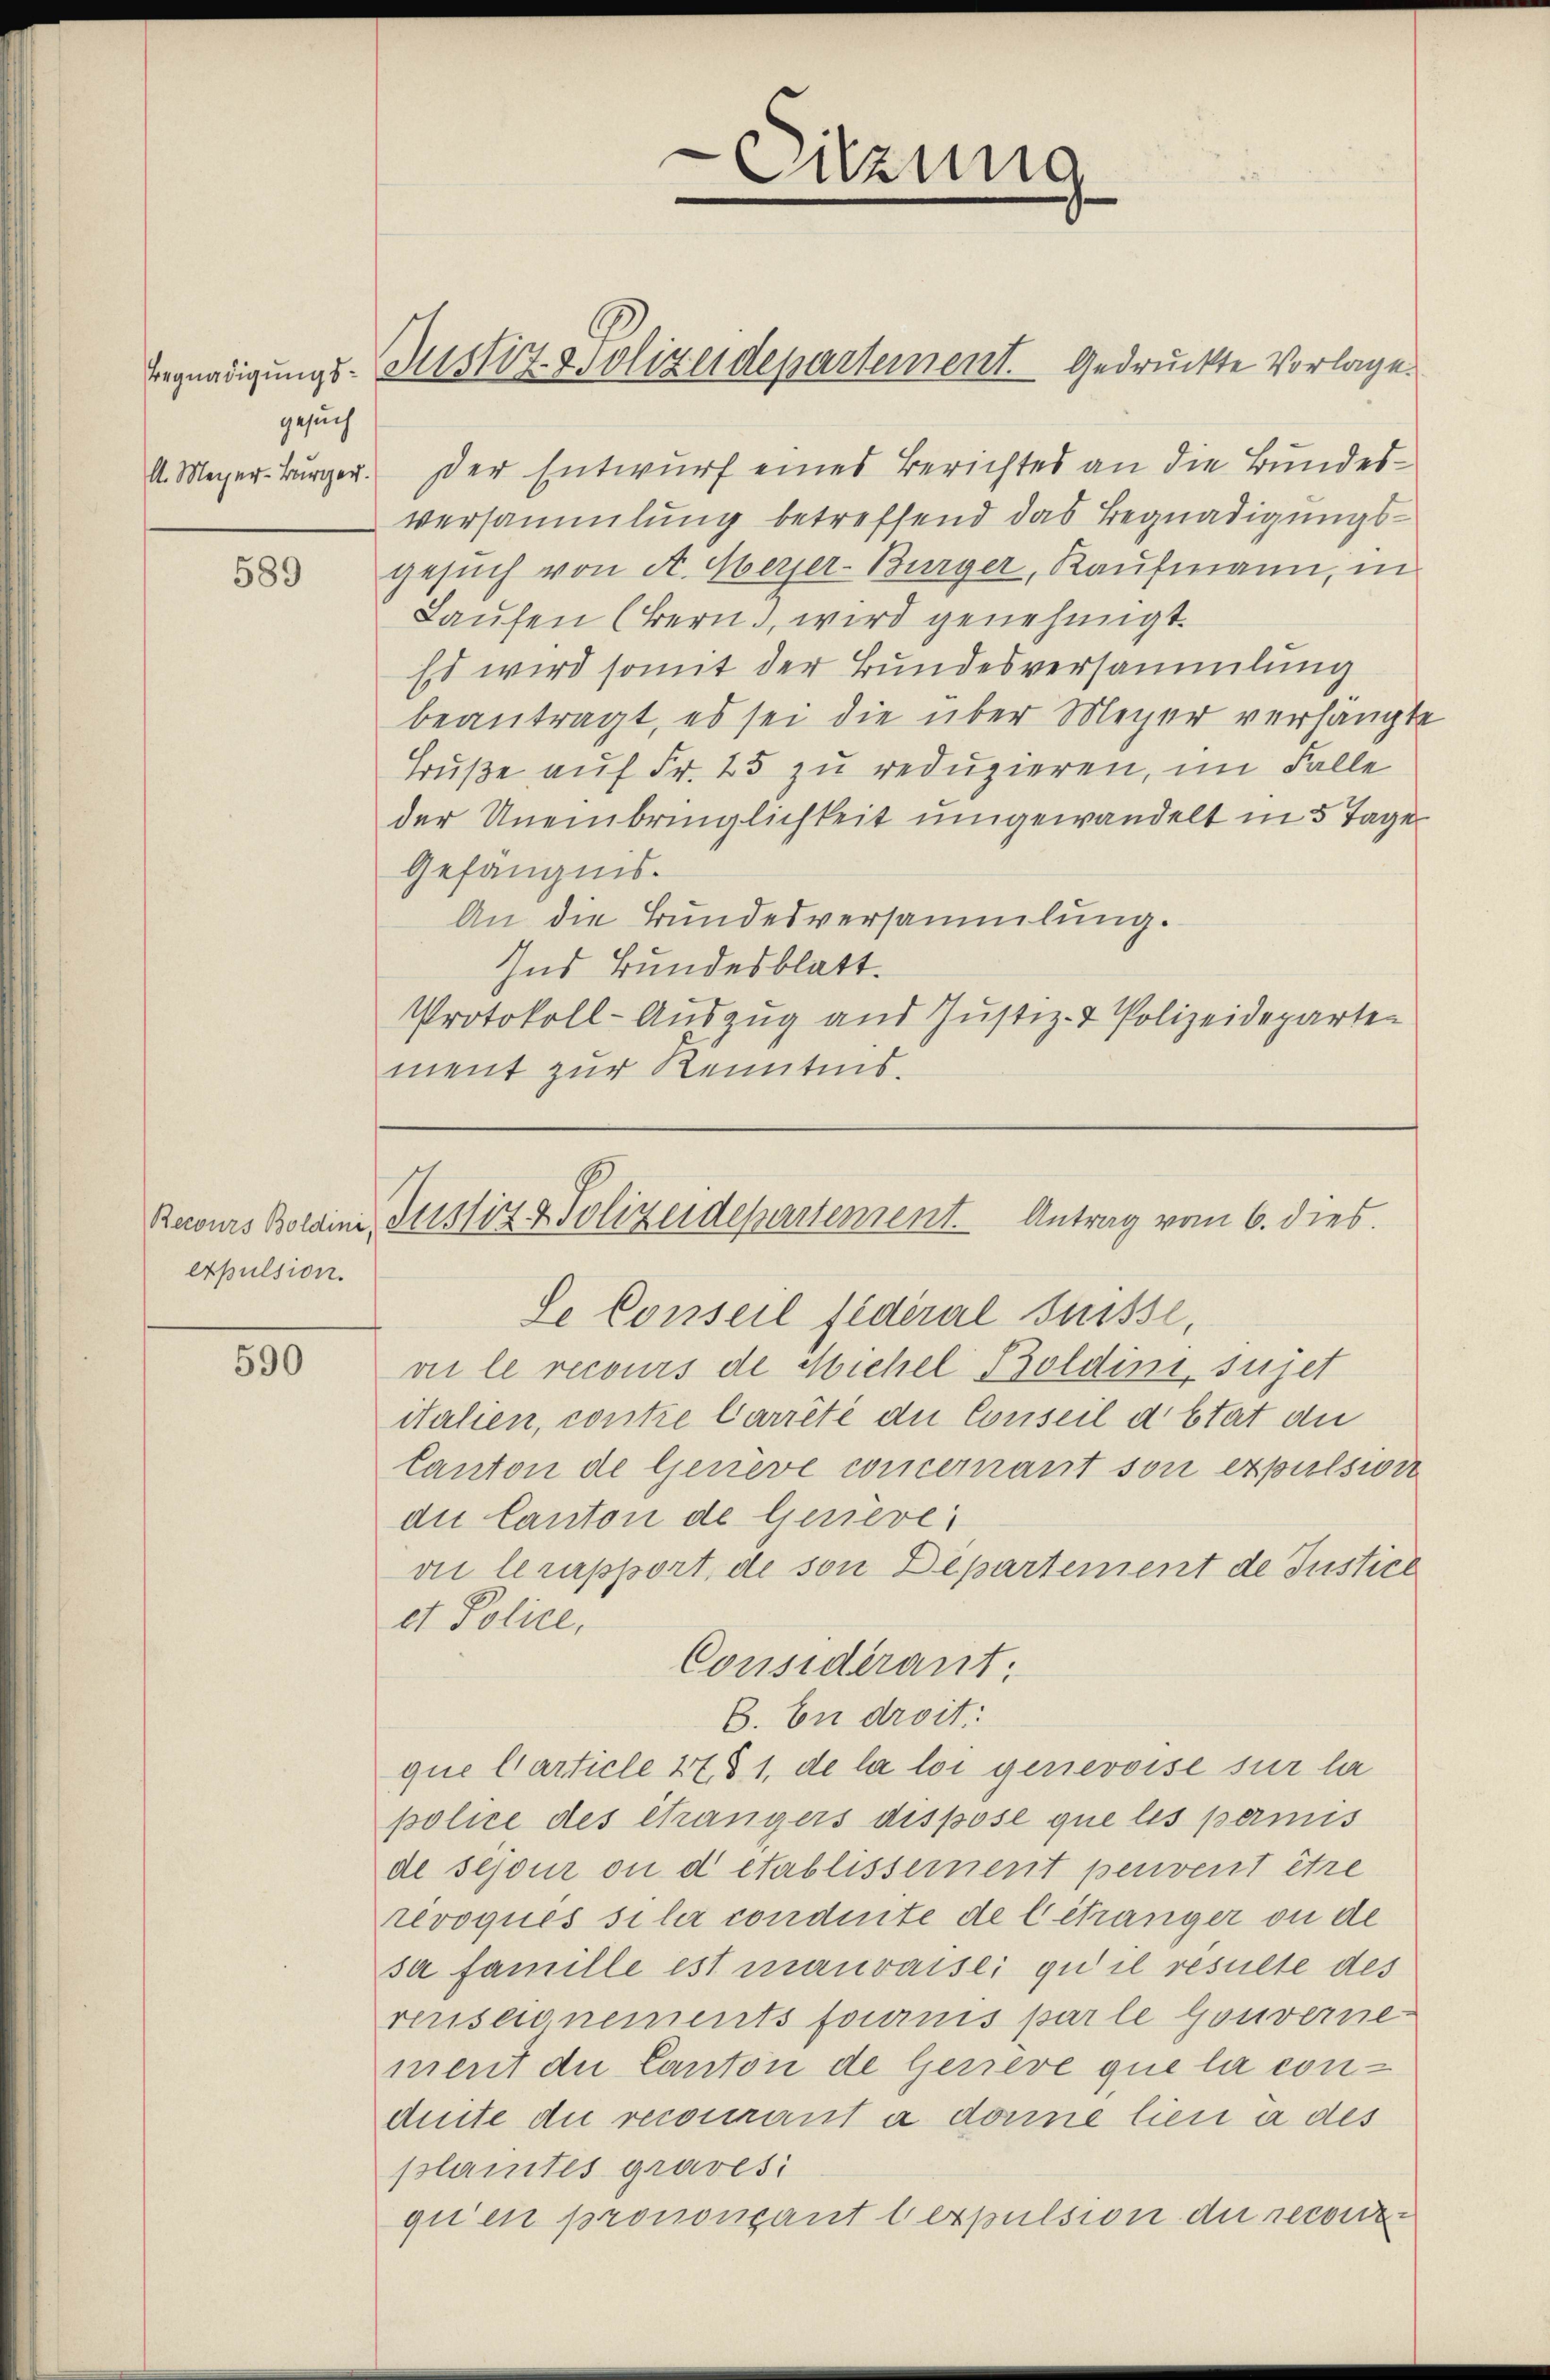
gesuch

589

Recours Boldini,
expulsion.

590

A. Meyer-Bürger. Der Entwurf eines Berichtes an die Bundesversammlung betreffend das Begnadigungsgesuch von A. Herzer-Bürger, Kaufmann, in
Laufen (Bern, wird genehmigt.
Es wird somit der Bundesversammlung
beantragt, es sei die über Meyer verhängte
Früße auf Fr. 25 zu reduzieren, im Falle
der Uneinbringlichkeit umgewandelt in 5 Tage
Gefängnis.
An die Bundesversammlung.
Ind Bundesblatt.
Protokoll-Aŭszŭg ans Justiz- & Polizeideparten
ment zur Kenntnis.

Sitzung
c
e

Begnadigungs-Zustiz- & Polizeidepartement. Gedruckte Vorlage.

Justiz & Polizeidepartement. Antrag vom 6. dies
Se Conseil fédéral Suisse,
vii le recours de Michel Boldini, sujet

italien, contie Carrêté du Conseil détat die
Canton de Genève concernant son expulsion
die Canton de Gerieve
vie leurpport, de son Departement de Justice
et Police,
6. En droit
que l’article 47 § 1, de la loi genevoise sur la
police des étrangers dispose que les permis
de sejour ou detablissement peuvent être
révoquis siler condite de l étranger ou de
sa famille ist mauvaise qu’il resulte des
renseignements fournis parle Gouverne
ment der Canton de Gerieve que la conduite du recourant a donne lieu à des
plamtes gravesi
gien prononçant lexpulsion der reconse

Considérant